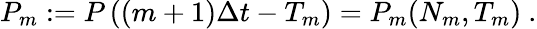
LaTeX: \begin{array}{r}{P_{m}:=P\left((m+1)\Delta t-T_{m}\right)=P_{m}(N_{m},T_{m})\ .}\end{array}